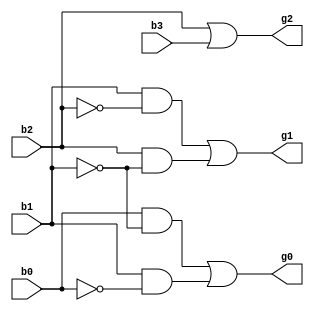
/*
Binary to Gray conversion using Gate Level Modelling: 
    The Most Significant Bit (MSB) of the gray code is always equal to the MSB of the given binary code.
    Other bits of the output gray code can be obtained by XORing binary code bit at that index and previous index.
*/

module bcdToGreyGateLevel (b3, b2, b1, b0, g2, g1, g0);

    input b3, b2, b1, b0;
    output g2, g1, g0;
    wire w1, w2, w3, w4, w5, w6, w7, w8;

    not(w1, b0);
    not(w2, b1);
    not(w3, b2);
    not(w4, b3);

    // finding G0
    and(w5, b0, w2);
    and(w6, b1, w1);
    or(g0, w5, w6);

    // finding G1
    and(w7, b1, w3);
    and(w8, b2, w2);
    or(g1, w7, w8);

    // finding G2
    or(g2, b2, b3);

    // finding G3
    // Use b3 directly for g3

endmodule


module testbench;
    reg a, b, c, d;
    wire f, g, h;
    bcdToGreyGateLevel bcdConverter(a, b, c, d, f, g, h);

    initial
        begin
            $monitor(,$time," bcd=%b%b%b%b    grey=%b%b%b%b",a,b,c,d,a,f,g,h); 
            #0 a=1'b0; b=1'b0; c=1'b0; d=1'b0;
            #1 a=1'b0; b=1'b0; c=1'b0; d=1'b1;
            #1 a=1'b0; b=1'b0; c=1'b1; d=1'b0;
            #1 a=1'b0; b=1'b0; c=1'b1; d=1'b1;
            #1 a=1'b0; b=1'b1; c=1'b0; d=1'b0;
            #1 a=1'b0; b=1'b1; c=1'b0; d=1'b1;
            #1 a=1'b0; b=1'b1; c=1'b1; d=1'b0;
            #1 a=1'b0; b=1'b1; c=1'b1; d=1'b1;
            #1 a=1'b1; b=1'b0; c=1'b0; d=1'b0;
            #1 a=1'b1; b=1'b0; c=1'b0; d=1'b1;
        end

endmodule